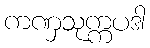
ကဏှသုက္ကပဒါ